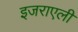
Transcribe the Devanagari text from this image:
इजराएली